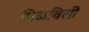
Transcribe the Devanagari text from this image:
मिळविलीं